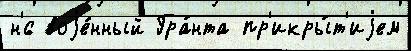
н'́с воjе́нный Гра́нта пр'икры́т'иjем